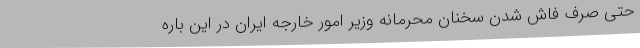
حتی صرف فاش شدنِ‌ سخنان محرمانهٔ وزیر امور خارجه ایران در این باره